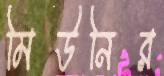
মিউনির